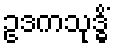
ဥဒကသုဒ္ဓိံ